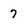
Character: 7